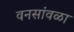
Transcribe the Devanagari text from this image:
वनसांवळा